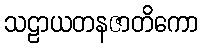
သဠာယတနဇာတိကော